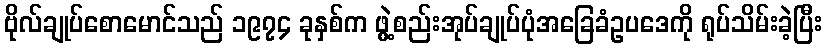
ဗိုလ်ချုပ်စောမောင်သည် ၁၉၇၄ ခုနှစ်က ဖွဲ့စည်းအုပ်ချုပ်ပုံအခြေခံဥပဒေကို ရုပ်သိမ်းခဲ့ပြီး